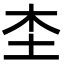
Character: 𡉣